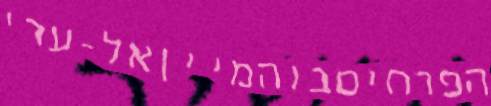
הפרחיםבוהמייןאל-ערי